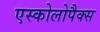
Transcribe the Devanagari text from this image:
एस्कोलोपैक्स